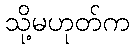
သို့မဟုတ်က